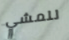
للمشي